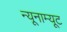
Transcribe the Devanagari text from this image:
न्यूनाम्यूट